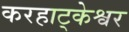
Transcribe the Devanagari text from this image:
करहाट्केश्वर